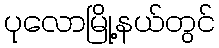
ပုလောမြို့နယ်တွင်